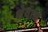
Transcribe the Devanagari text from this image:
शेवाज